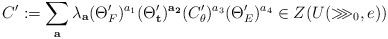
\begin{align*}C':=\sum_{\bf a}\lambda_{{\bf a}}(\Theta'_F)^{a_1}(\Theta'_\mathbf{t})^{\bf a_2}(C'_\theta)^{a_3}(\Theta'_E)^{a_4}\in Z(U(\ggg_0,e))\end{align*}